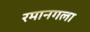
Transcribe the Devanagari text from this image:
रमानगला